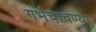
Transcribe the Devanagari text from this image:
गर्भचाचण्या